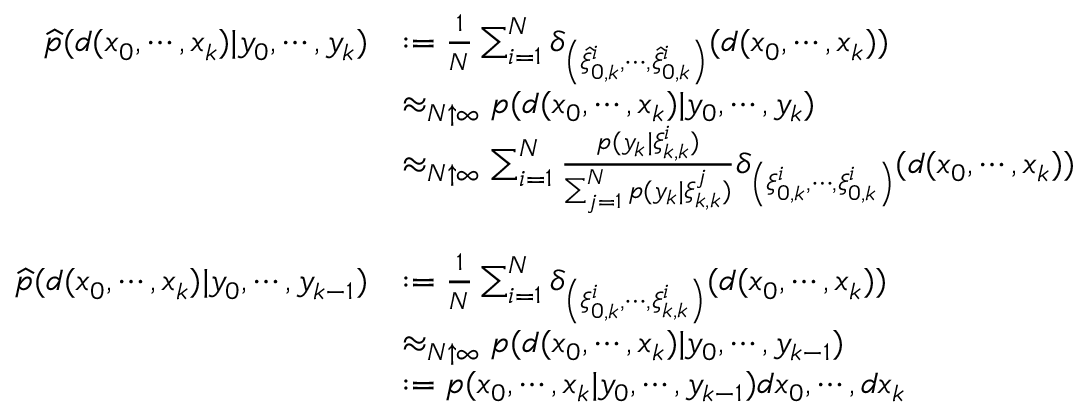
{ \begin{array} { r l } { { \widehat { p } } ( d ( x _ { 0 } , \cdots , x _ { k } ) | y _ { 0 } , \cdots , y _ { k } ) } & { : = { \frac { 1 } { N } } \sum _ { i = 1 } ^ { N } \delta _ { \left( { \widehat { \xi } } _ { 0 , k } ^ { i } , \cdots , { \widehat { \xi } } _ { 0 , k } ^ { i } \right) } ( d ( x _ { 0 } , \cdots , x _ { k } ) ) } \\ & { \approx _ { N \uparrow \infty } p ( d ( x _ { 0 } , \cdots , x _ { k } ) | y _ { 0 } , \cdots , y _ { k } ) } \\ & { \approx _ { N \uparrow \infty } \sum _ { i = 1 } ^ { N } { \frac { p ( y _ { k } | \xi _ { k , k } ^ { i } ) } { \sum _ { j = 1 } ^ { N } p ( y _ { k } | \xi _ { k , k } ^ { j } ) } } \delta _ { \left( \xi _ { 0 , k } ^ { i } , \cdots , \xi _ { 0 , k } ^ { i } \right) } ( d ( x _ { 0 } , \cdots , x _ { k } ) ) } \\ & { \ } \\ { { \widehat { p } } ( d ( x _ { 0 } , \cdots , x _ { k } ) | y _ { 0 } , \cdots , y _ { k - 1 } ) } & { : = { \frac { 1 } { N } } \sum _ { i = 1 } ^ { N } \delta _ { \left( \xi _ { 0 , k } ^ { i } , \cdots , \xi _ { k , k } ^ { i } \right) } ( d ( x _ { 0 } , \cdots , x _ { k } ) ) } \\ & { \approx _ { N \uparrow \infty } p ( d ( x _ { 0 } , \cdots , x _ { k } ) | y _ { 0 } , \cdots , y _ { k - 1 } ) } \\ & { : = p ( x _ { 0 } , \cdots , x _ { k } | y _ { 0 } , \cdots , y _ { k - 1 } ) d x _ { 0 } , \cdots , d x _ { k } } \end{array} }